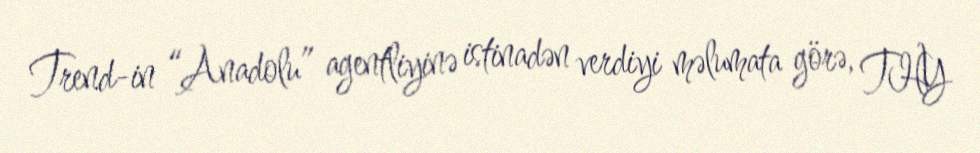
Trend-in “Anadolu” agentliyinə istinadən verdiyi məlumata görə, THY